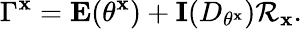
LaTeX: \Gamma^{\mathbf{x}}=\mathbf{{E}}(\theta^{\mathbf{x}})+\mathbf{{I}}(D_{\theta^{\mathbf{x}}})\mathcal{{R}}_{\mathbf{x}}.